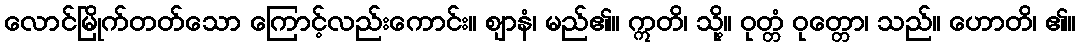
လောင်မြိုက်တတ်သော ကြောင့်လည်းကောင်း။ ဈာနံ၊ မည်၏။ ဣတိ၊ သို့။ ဝုတ္တံ ဝုတ္တော၊ သည်။ ဟောတိ၊ ၏။